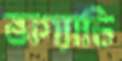
ভাগ্যাচি